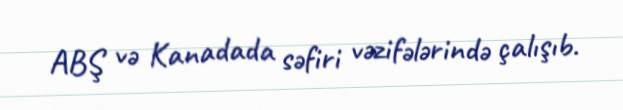
ABŞ və Kanadada səfiri vəzifələrində çalışıb.